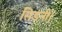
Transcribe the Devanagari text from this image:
सिडनी।